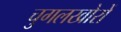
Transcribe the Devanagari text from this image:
चुगलखोरों